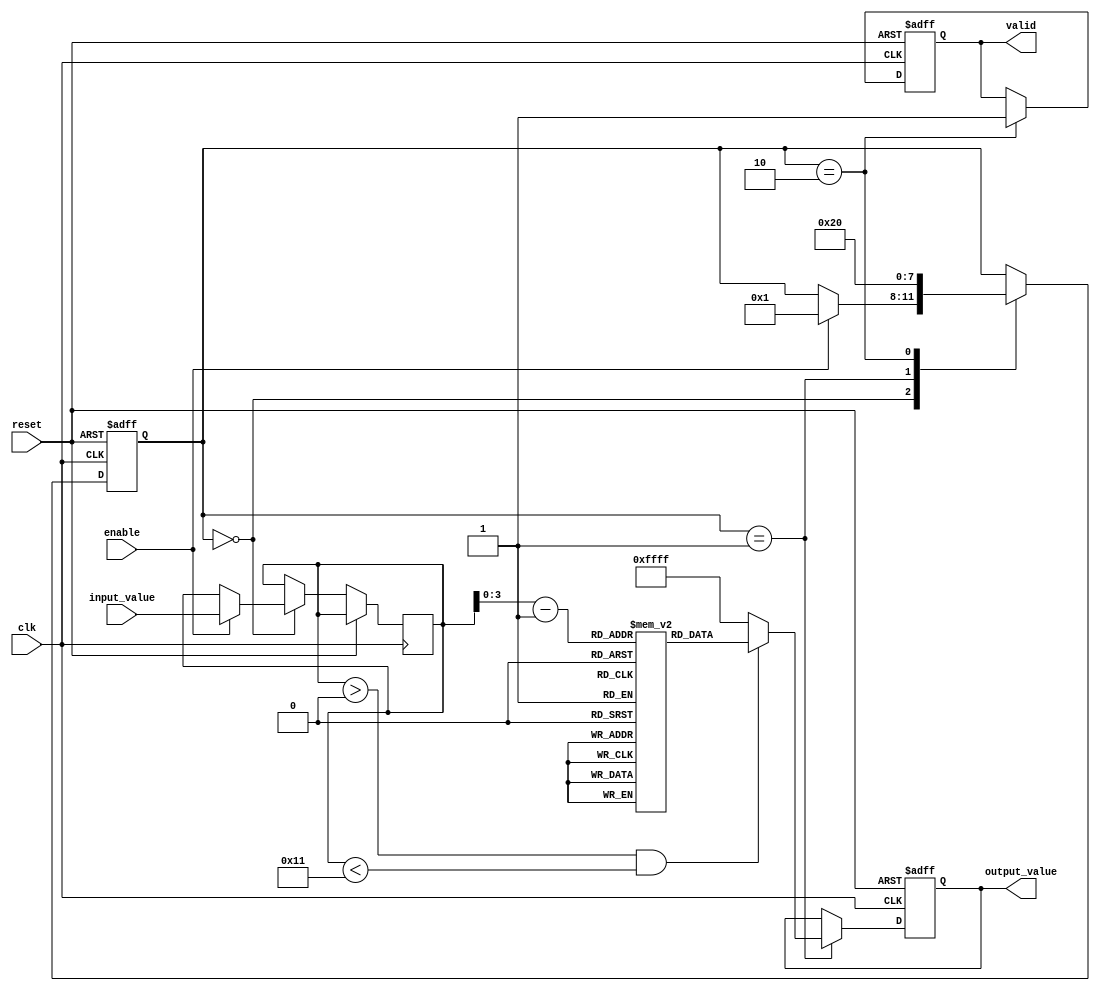
module LogarithmicUnit (
    input wire clk,
    input wire reset,
    input wire enable,
    input wire [15:0] input_value, // 16-bit fixed-point input
    output reg [15:0] output_value, // 16-bit fixed-point output
    output reg valid // Signal to indicate output is valid
);

    // Internal state
    reg [15:0] input_buffer;
    reg [3:0] state; // State variable for FSM
    parameter IDLE = 4'b0000, COMPUTE = 4'b0001, OUTPUT = 4'b0010;

    // Lookup table for logarithm base 2 (for example)
    reg [15:0] log_table [0:15]; // Example table for values 1 to 16

    initial begin
        // Initialize the logarithm lookup table (base 2)
        log_table[0] = 16'h0000; // log2(1) = 0
        log_table[1] = 16'h0001; // log2(2) = 1
        log_table[2] = 16'h0002; // log2(3)  1.585
        log_table[3] = 16'h0003; // log2(4) = 2
        log_table[4] = 16'h0004; // log2(5)  2.322
        log_table[5] = 16'h0005; // log2(6)  2.585
        log_table[6] = 16'h0006; // log2(7)  2.807
        log_table[7] = 16'h0007; // log2(8) = 3
        log_table[8] = 16'h0008; // log2(9)  3.170
        log_table[9] = 16'h0009; // log2(10)  3.321
        log_table[10] = 16'h000A; // log2(11)  3.459
        log_table[11] = 16'h000B; // log2(12)  3.585
        log_table[12] = 16'h000C; // log2(13)  3.700
        log_table[13] = 16'h000D; // log2(14)  3.807
        log_table[14] = 16'h000E; // log2(15)  3.906
        log_table[15] = 16'h000F; // log2(16) = 4
    end

    // State machine to control the operation
    always @(posedge clk or posedge reset) begin
        if (reset) begin
            state <= IDLE;
            output_value <= 16'h0000;
            valid <= 1'b0;
        end else begin
            case (state)
                IDLE: begin
                    if (enable) begin
                        input_buffer <= input_value;
                        state <= COMPUTE;
                    end
                end
                COMPUTE: begin
                    // Simple logarithm calculation using lookup table
                    if (input_buffer > 0 && input_buffer < 17) begin
                        output_value <= log_table[input_buffer - 1]; // log2(input_value)
                    end else begin
                        output_value <= 16'hFFFF; // Handle out of range
                    end
                    state <= OUTPUT;
                end
                OUTPUT: begin
                    valid <= 1'b1; // Indicate output is valid
                    state <= IDLE; // Go back to idle
                end
            endcase
        end
    end

endmodule